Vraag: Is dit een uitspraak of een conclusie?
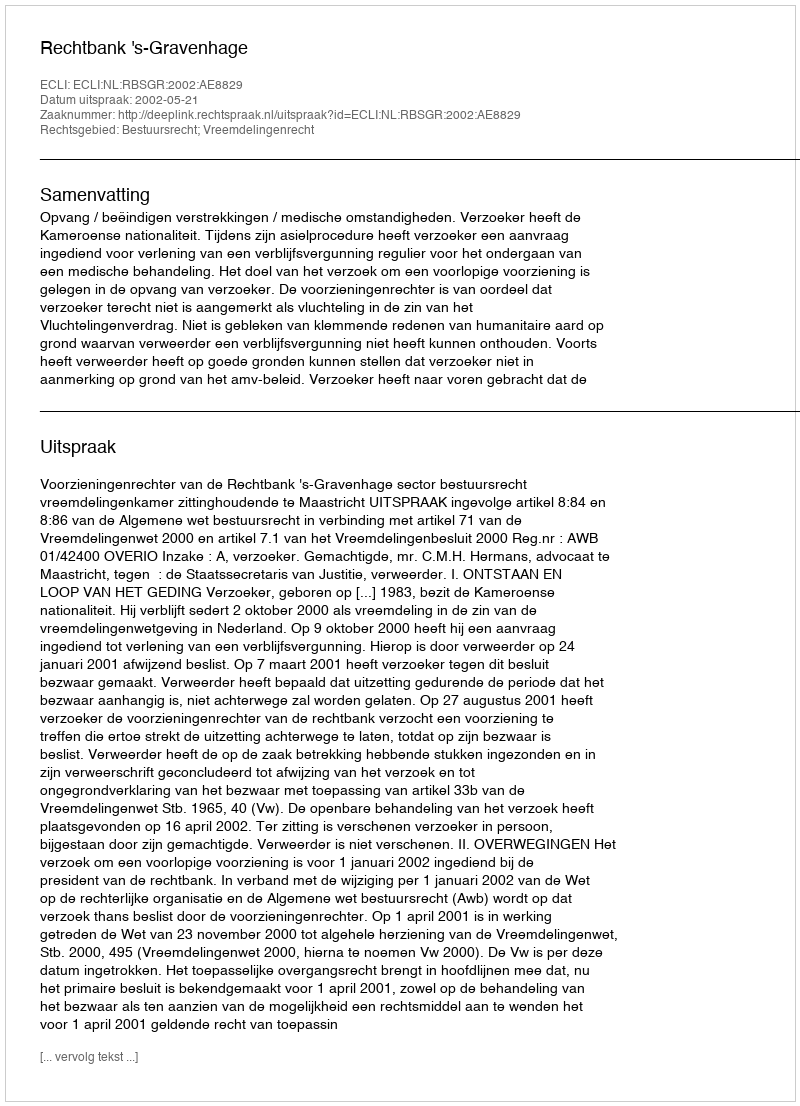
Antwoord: Uitspraak